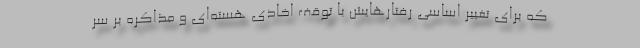
که برای تغییر اساسی رفتارهایش با توقف اخاذی هسته‌ای و مذاکره بر سر